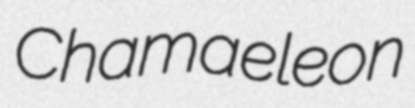
Chamaeleon